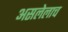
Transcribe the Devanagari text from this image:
असलेलाच